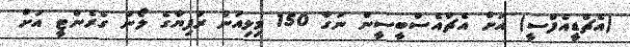
(އެޗްޑީއެފްސީ) އަށް އެޗްއެސްބީސީން ނަގާ 150 މިލިއަން ރުފިޔާގެ ލޯނު ގެރެންޓީ އަށް